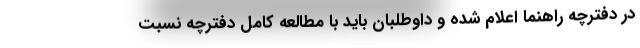
در دفترچه راهنما اعلام شده و داوطلبان باید با مطالعه کامل دفترچه نسبت